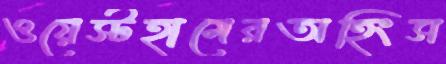
ওয়েস্টহামেরঅহিংস